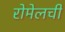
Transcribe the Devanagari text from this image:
रोमेलची